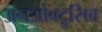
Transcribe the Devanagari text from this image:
अनओबट्रुसिव